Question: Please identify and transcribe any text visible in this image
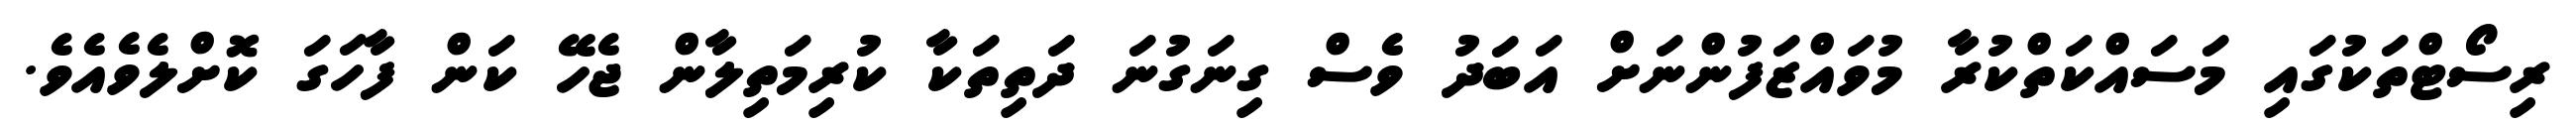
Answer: ރިސޯޓްތަކުގައި މަސައްކަތްކުރާ މުވައްޒަފުންނަށް އަބަދު ވެސް ގިނަގުނަ ދަތިތަކާ ކުރިމަތިލާން ޖެހޭ ކަން ފާހަގަ ކޮށްލެވެއެވެ.